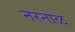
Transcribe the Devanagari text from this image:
नरनाळ